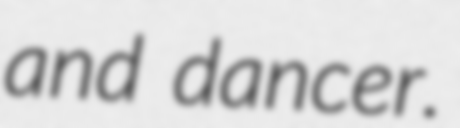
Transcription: and dancer.